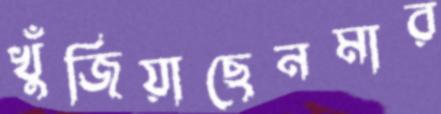
খুঁজিয়াছেনমার